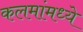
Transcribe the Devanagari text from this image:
कलमांमध्ये